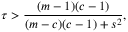
\tau > \frac { ( m - 1 ) ( c - 1 ) } { ( m - c ) ( c - 1 ) + s ^ { 2 } } ,